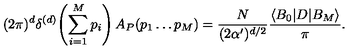
( 2 \pi ) ^ { d } \delta ^ { ( d ) } \! \left( \sum _ { i = 1 } ^ { M } p _ { i } \right) A _ { P } ( p _ { 1 } \dots p _ { M } ) = \frac { N } { ( 2 \alpha ^ { \prime } ) ^ { d / 2 } } \frac { \langle B _ { 0 } | D | B _ { M } \rangle } { \pi } .